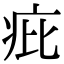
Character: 疪